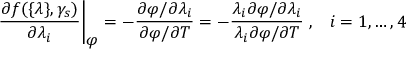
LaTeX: \left. \frac { \partial f ( \{ \lambda \} , \gamma _ { s } ) } { \partial \lambda _ { i } } \right| _ { \textstyle \varphi } = - \frac { \partial \varphi / \partial \lambda _ { i } } { \partial \varphi / \partial T } = - \frac { \lambda _ { i } \partial \varphi / \partial \lambda _ { i } } { \lambda _ { i } \partial \varphi / \partial T } \; , \; \; \; i = 1 , \ldots , 4